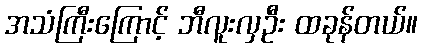
အသံကြီးကြောင့် ဘီလူးလှဦး ထခုန်တယ်။